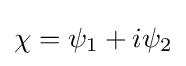
\chi =\psi _{1}+i\psi _{2}